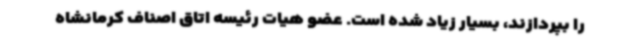
را بپردازند، بسیار زیاد شده است. عضو هیات رئیسه اتاق اصناف کرمانشاه